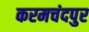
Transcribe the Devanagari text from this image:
करमचंदपुर